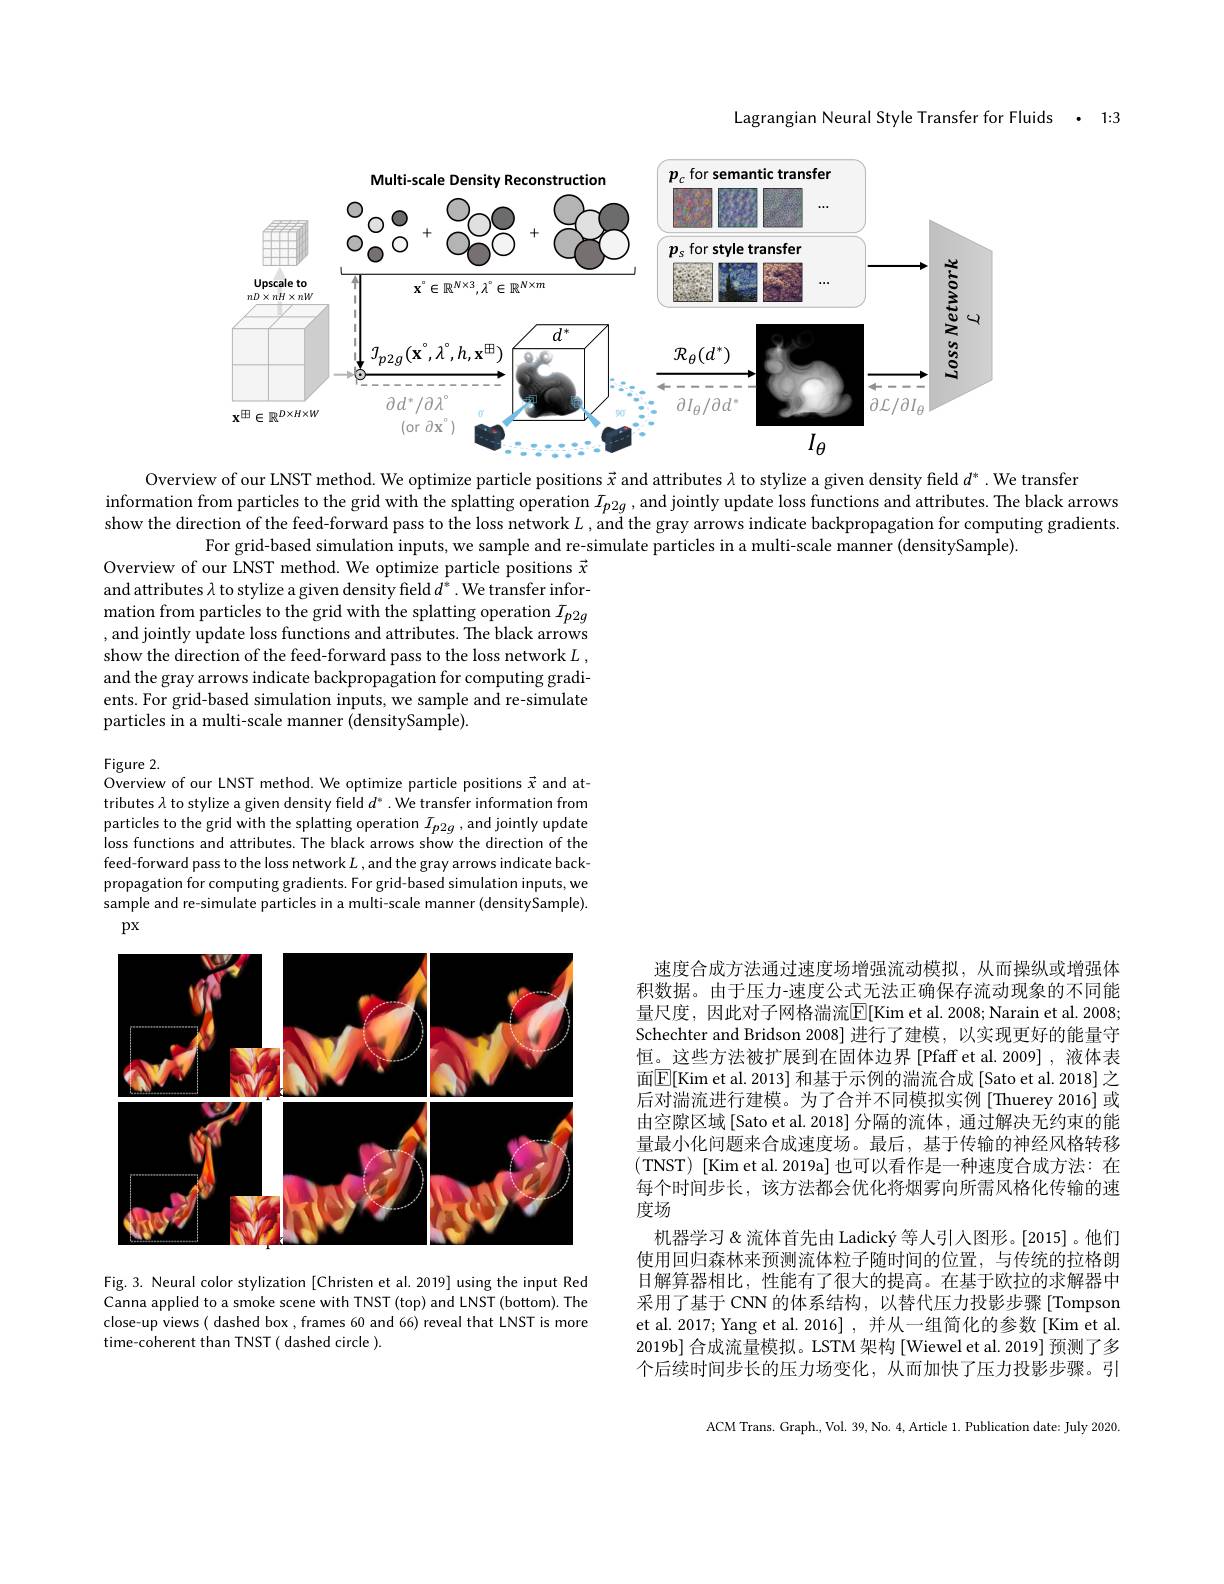
1:3

Lagrangian Neural Style Transfer for Fluids

<FigureHere>
Overview of our LNST method. We optimize particle positions $\vec{x}$ and attributes $\lambda$ to stylize a given density field $d^*.$ We transfer

information from particles to the grid with the splatting operation $I_{p2g}$ , and jointly update loss functions and attributes. The black arrows show the direction of the feed-forward pass to the loss network $L$ , and the gray arrows indicate backpropagation for computing gradients.
For grid-based simulation inputs, we sample and re-simulate particles in a multi-scale manner (densitySample).
Overview of our LNST method. We optimize particle positions $\vec{x}$

and attributes $\lambda$ to stylize a given density field $d^*.$ We transfer information from particles to the grid with the splatting operation $I_{p2g}$ , and jointly update loss functions and attributes. The black arrows show the direction of the feed-forward pass to the loss network $L$ , and the gray arrows indicate backpropagation for computing gradients. For grid-based simulation inputs, we sample and re-simulate particles in a multi-scale manner (densitySample).

Figure 2.
Overview of our LNST method. We optimize particle positions $\vec{x}$ and at-

tributes $\lambda$ to stylize a given density field $d^*.$ We transfer information from particles to the grid with the splatting operation $I_{p2g}$, and jointly update loss functions and attributes. The black arrows show the direction of the feed-forward pass to the loss network $L$ ,and the gray arrows indicate backpropagation for computing gradients. For grid-based simulation inputs, we sample and re-simulate particles in a multi-scale manner (densitySample).
$px$

<FigureHere>

速度合成方法通过速度场增强流动模拟，从而操纵或增强体积数据。由于压力-速度公式无法正确保存流动现象的不同能量尺度，因此对子网格湍流$\boxed{\mathrm{E}}[$Kim et al. 2008; Narain et al. 2008; Schechter and Bridson 2008] 进行了建模，以实现更好的能量守恒。这些方法被扩展到在固体边界[Pfaff et al.2009],液体表面$\boxed{\mathrm{E}[\mathrm{Kim~et~al.~2013}]\text{ 和基于示例的湍流合成 [Sato et al.2018] 之}}$ 后对湍流进行建模。为了合并不同模拟实例[Thuerey 2016] 或由空隙区域 [Sato et al. 2018] 分隔的流体 , 通过解决无约束的能量最小化问题来合成速度场。最后，基于传输的神经风格转移(TNST)[Kim et al. 2019a] 也可以看作是一种速度合成方法：在每个时间步长，该方法都会优化将烟雾向所需风格化传输的速度场
机器学习&流体首先由 Ladický 等人引入图形。[2015]。他们使用回归森林来预测流体粒子随时间的位置，与传统的拉格朗日解算器相比，性能有了很大的提高。在基于欧拉的求解器中采用了基于 CNN 的体系结构，以替代压力投影步骤 [Tompson et al. 2017; Yang et al. 2016] , 并从一组简化的参数[Kim et al. 2019b] 合成流量模拟。LSTM 架构[Wiewel et al. 2019] 预测了多个后续时间步长的压力场变化，从而加快了压力投影步骤。引

Fig. 3. Neural color stylization [Christen et al. 2019] using the input Red Canna applied to a smoke scene with TNST (top) and LNST (bottom). The close-up views( dashed box ,frames 60 and 66) reveal that LNST is more time-coherent than TNST( dashed circle ).

ACM Trans. Graph., Vol. 39, No. 4, Article 1. Publication date: July 2020